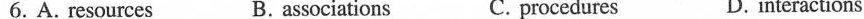
6. A. resources B. associations C. procedures D. interactions